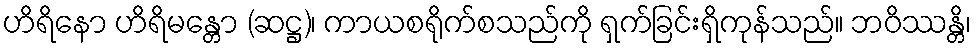
ဟိရိနော ဟိရိမန္တော (ဆဋ္ဌ)၊ ကာယစရိုက်စသည်ကို ရှက်ခြင်းရှိကုန်သည်။ ဘဝိဿန္တိ၊